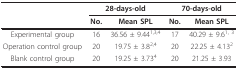
<table><thead><tr><td></td><td colspan="2"><b>28-days-old</b></td><td colspan="2"><b>70-days-old</b></td></tr><tr><td></td><td><b>No.</b></td><td><b>Mean SPL</b></td><td><b>No.</b></td><td><b>Mean SPL</b></td></tr></thead><tbody><tr><td>Experimental group</td><td>16</td><td>36.56 ± 9.44<sup>1,3,4</sup></td><td>17</td><td>40.29 ± 9.6<sup>1, 3</sup></td></tr><tr><td>Operation control group</td><td>20</td><td>19.75 ± 3.8<sup>2,4</sup></td><td>20</td><td>22.25 ± 4.13<sup>2</sup></td></tr><tr><td>Blank control group</td><td>20</td><td>19.25 ± 3.73<sup>4</sup></td><td>20</td><td>21.25 ± 3.93</td></tr></tbody></table>